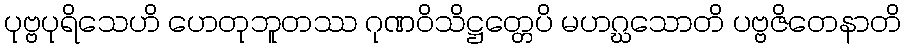
ပုဗ္ဗပုရိသေဟိ ဟေတုဘူတဿ ဂုဏဝိသိဋ္ဌတ္တေပိ မဟဂ္ဃသောတိ ပဗ္ဗဇိတေနာတိ